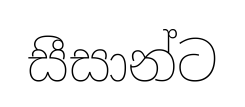
සීසාන්ට